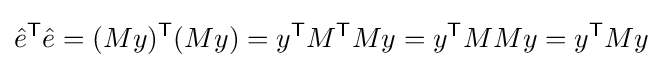
{\hat {e}}^{\textsf {T}}{\hat {e}}=(My)^{\textsf {T}}(My)=y^{\textsf {T}}M^{\textsf {T}}My=y^{\textsf {T}}MMy=y^{\textsf {T}}My